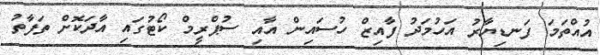
އުއްތަމަ ފަނޑިޔާރު އަހުމަދު ފާއިޒް ހުސައިން އާއި ސުޕްރީމް ކޯޓުގައި އާދަކޮށް ތަފާތު